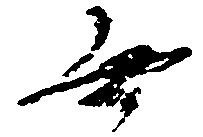
無